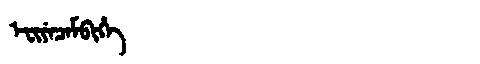
Manchu: ᡝᠸᡳᠶᡝᠴᡝᠮᠪᡳᡥᡝ
Romanization: EFIYECEMBIHE